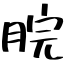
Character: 脘